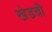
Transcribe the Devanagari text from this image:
खेडची